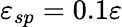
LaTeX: \varepsilon_{sp}=0.1\varepsilon